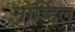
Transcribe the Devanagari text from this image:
नॉर्व्हिल